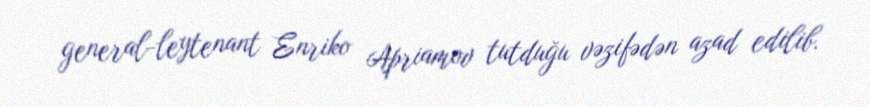
general-leytenant Enriko Apriamov tutduğu vəzifədən azad edilib.